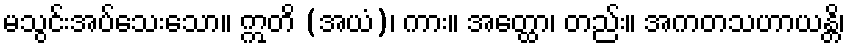
မသွင်းအပ်သေးသော။ ဣတိ (အယံ)၊ ကား။ အတ္ထော၊ တည်း။ အကတသဟာယန္တိ၊